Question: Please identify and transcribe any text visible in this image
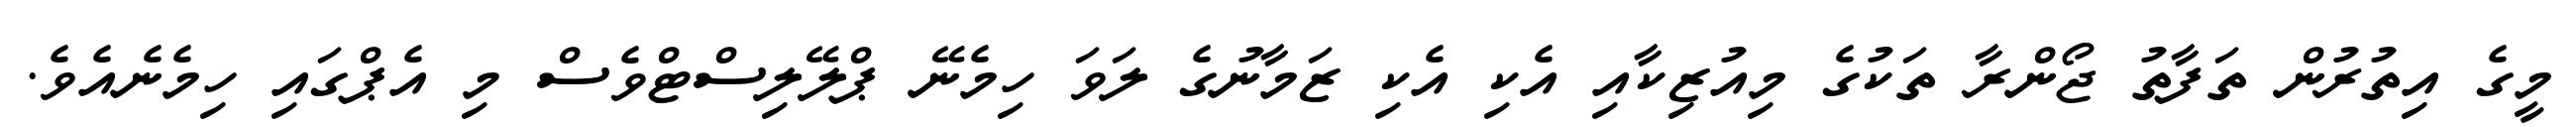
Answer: މީގެ އިތުރުން ތަފާތު ޖޯންރާ ތަކުގެ މިއުޒިކާއި އެކި އެކި ޒަމާނުގެ ލަވަ ހިމެނޭ ޕްލޭލިސްޓްވެސް މި އެޕްގައި ހިމެނެއެވެ.